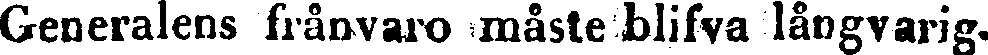
Generalens frånvaro måste blifva långvarig.